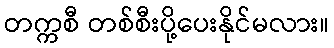
တက္ကစီ တစ်စီးပို့ပေးနိုင်မလား။